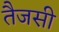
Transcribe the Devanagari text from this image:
तैजसी